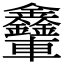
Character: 𨐃